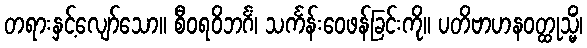
တရားနှင့်လျော်သော။ စီဝရဝိဘင်္ဂံ၊ သင်္ကန်းဝေဖန်ခြင်းကို။ ပတိဗာဟနဝတ္ထုသ္မိံ၊